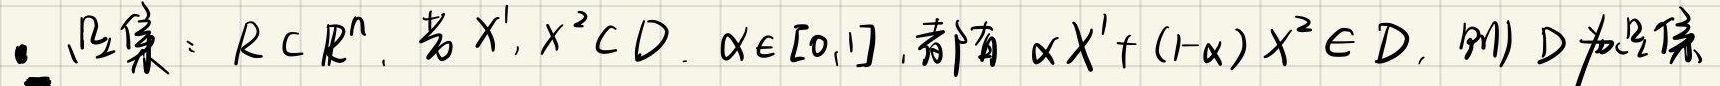
- 凸集：$D\subset\mathbb{R}^n$. 若$X^1,X^2\in D,\alpha\in[0,1]$, 都有$\alpha X^1+(1 - \alpha)X^2\in D$, 则$D$为凸集.